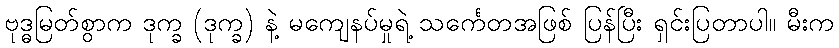
ဗုဒ္ဓမြတ်စွာက ဒုက္ခ (ဒုက္ခ) နဲ့ မကျေနပ်မှုရဲ့ သင်္ကေတအဖြစ် ပြန်ပြီး ရှင်းပြတာပါ။ မီးက